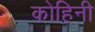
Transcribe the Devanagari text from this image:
कोहिनी